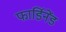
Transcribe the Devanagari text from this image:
फार्डिनेंड